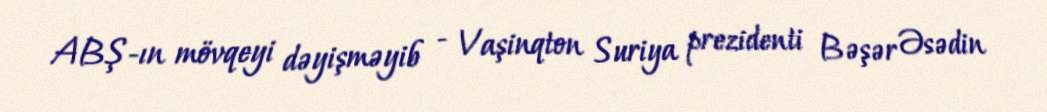
ABŞ-ın mövqeyi dəyişməyib - Vaşinqton Suriya prezidenti Bəşər Əsədin